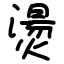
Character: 燙